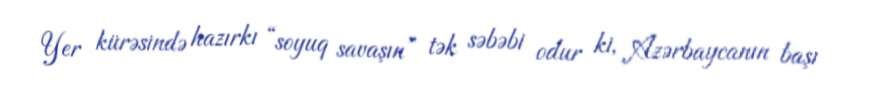
Yer kürəsində hazırkı “soyuq savaşın” tək səbəbi odur ki, Azərbaycanın başı